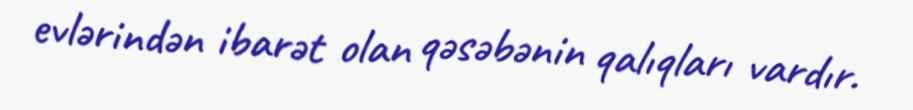
evlərindən ibarət olan qəsəbənin qalıqları vardır.